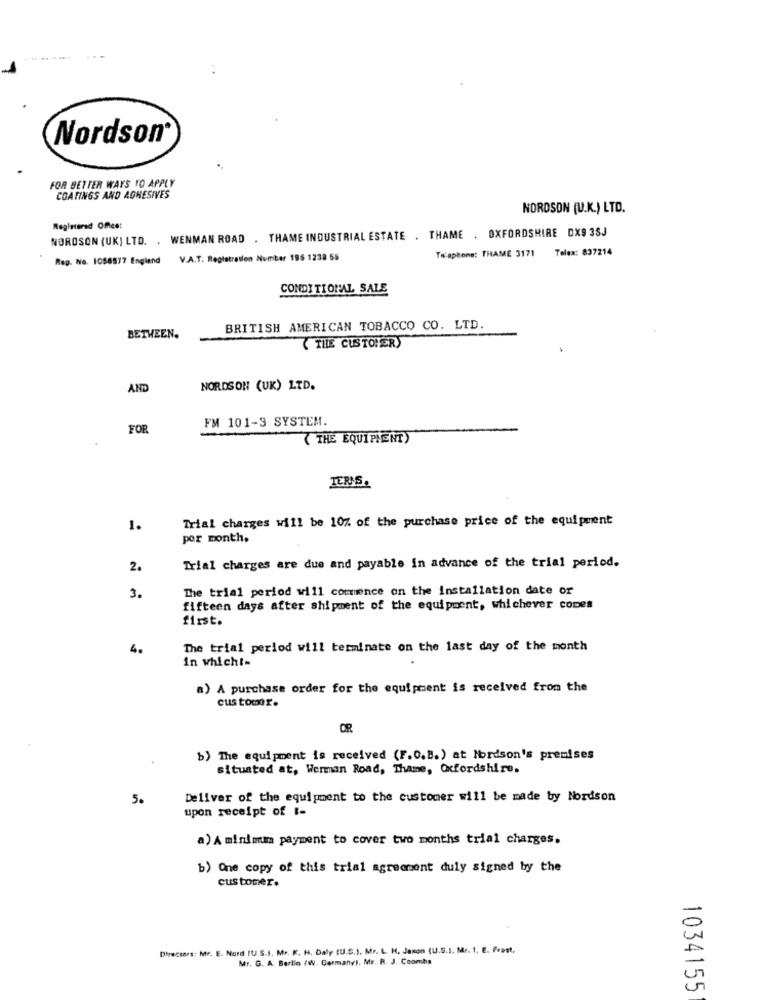
Nordson®
FOR BETTER WAYS TO APPLY
COATINGS AND ADHESIVES
NORDSON (U.K.) LTD.
NOROSON (UK) LTD. . WENMAN ROAD . THAME INDUSTRIAL ESTATE . THAME . OXFORDSHIRE DX9 3SJ
Registered Office:
Telephone: THAME 3171 Telex: 837214
Reg. No. 1056577 England
V.A.T. Registration Number 196 1238 55
CONDITIONAL SALE
BRITISH AMERICAN TOBACCO CO. LTD.
BETWEEN.
( THE CUSTOMER)
AND
NORDSON (UK) LTD.
FM 101-3 SYSTEM.
FOR
(THE EQUIPMENT)
TERMS.
Trial charges will be 10% of the purchase price of the equipment
1.
per month,
2.
Trial charges are due and payable in advance of the trial period.
The trial period will commence on the installation date or
3.
fifteen days after shipment of the equipment, whichever comes
first.
4.
The trial period will terminate on the last day of the month
in which !=
a) A purchase order for the equipment is received from the
customer.
OR
b) The equipment is received (F.O.B.) at Mordson's premises
situated at, Werman Road, Thame, Oxfordshire.
5.
Deliver of the equipment to the customer will be made by Nordson
upon receipt of i-
a) A minimum payment to cover two months trial charges.
b) One copy of this trial agreement duly signed by the
customer.
Directors: Mr. E. Nord (U.S.I. Mr. K. H. Daly [U.S.). Mr. L. H. Jason (U.S.), Mr. I. E. Front,
Mr. G. A. Berlin (W. Germany). Mr. R. J. Coombs
1034155